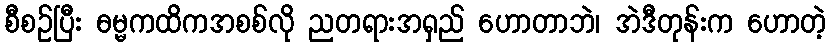
စီစဉ်ပြီး ဓမ္မကထိကအစစ်လို ညတရားအရှည် ဟောတာဘဲ၊ အဲဒီတုန်းက ဟောတဲ့